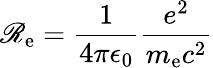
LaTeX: \mathscr{R}_{\mathrm{{e}}}={\frac{{1}}{{4\pi\epsilon_{0}}}}{\frac{{e^{2}}}{{m_{\mathrm{{e}}}c^{2}}}}